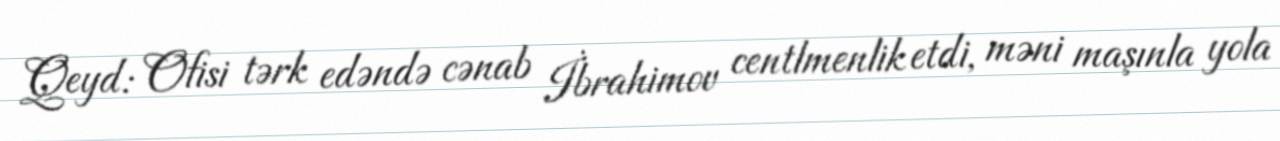
Qeyd: Ofisi tərk edəndə cənab İbrahimov centlmenlik etdi, məni maşınla yola